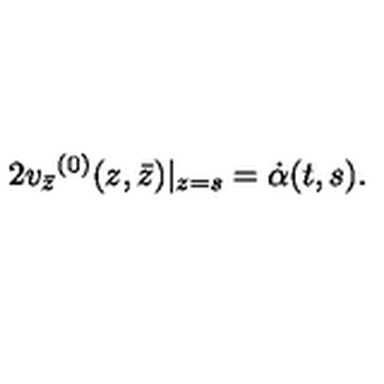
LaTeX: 2 { v _ { \bar { z } } } ^ { ( 0 ) } ( z , \bar { z } ) | _ { z = s } = \dot { \alpha } ( t , s ) .